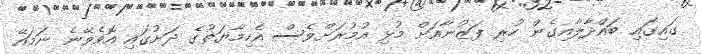
ގައިގައި ބައްދާލާއިގެން ހުރި ފަޒުނާއަށް މުޅި އުމުރަށްވެސް އެހިމާޔަތުގެ ދަށުގައި އޮވެވޭނެ ނަމައޭ